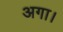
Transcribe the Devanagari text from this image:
अगा।